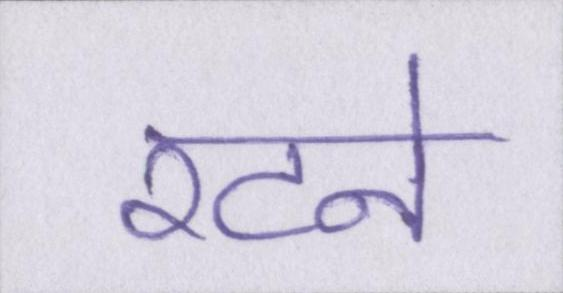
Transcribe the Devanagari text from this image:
रटने